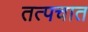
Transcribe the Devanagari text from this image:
तत्पचात